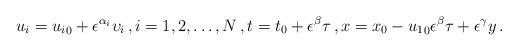
LaTeX: \begin{align*}u_i={u_i}_0+\epsilon^{\alpha_i} \upsilon_i \, ,i=1,2,\dots,N \, ,t=t_0+\epsilon^\beta {\tau}\, ,x=x_0-{u_1}_0 \epsilon^{\beta} {\tau}+\epsilon^\gamma {{y}}\, . \end{align*}